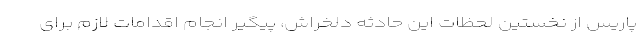
پاریس از نخستین لحظات این حادثه دلخراش، پیگیر انجام اقدامات لازم برای